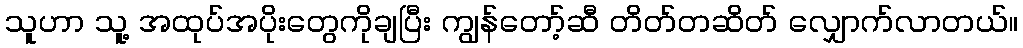
သူဟာ သူ့ အထုပ်အပိုးတွေကိုချပြီး ကျွန်တော့်ဆီ တိတ်တဆိတ် လျှောက်လာတယ်။